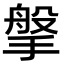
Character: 搫